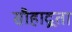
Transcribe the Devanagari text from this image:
सौहाद्र्रता